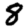
Digit: 8